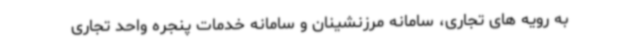
به رویه های تجاری، سامانه مرزنشینان و سامانه خدمات پنجره واحد تجاری